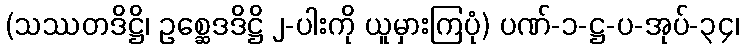
(သဿတဒိဋ္ဌိ၊ ဥစ္ဆေဒဒိဋ္ဌိ ၂-ပါးကို ယူမှားကြပုံ) ပဏ်-၁-ဋ္ဌ-ပ-အုပ်-၃၄၊